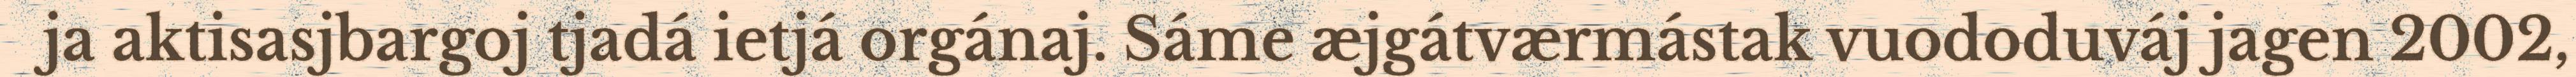
ja aktisasjbargoj tjadá ietjá orgánaj. Sáme æjgátværmástak vuododuváj jagen 2002,